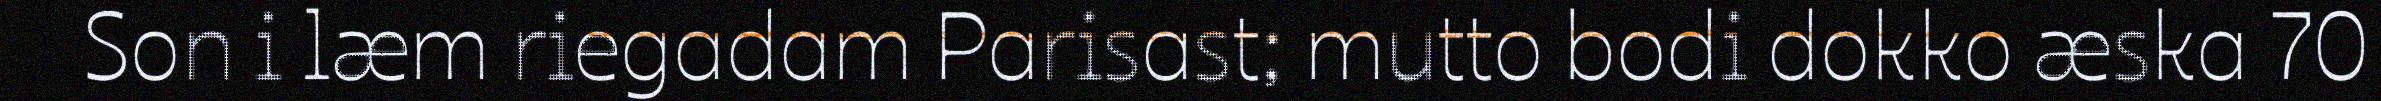
Son i læm riegadam Parisast; mutto bodi dokko æska 70